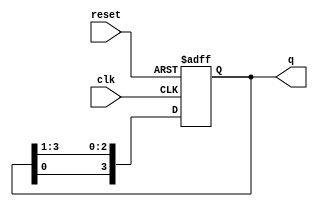
module RingCounter(
    input wire clk,
    input wire reset,
    output reg [3:0] q
);

always @(posedge clk or posedge reset)
begin
    if (reset)
        q <= 4'b0001;
    else
        q <= {q[0], q[3:1]};
end

endmodule